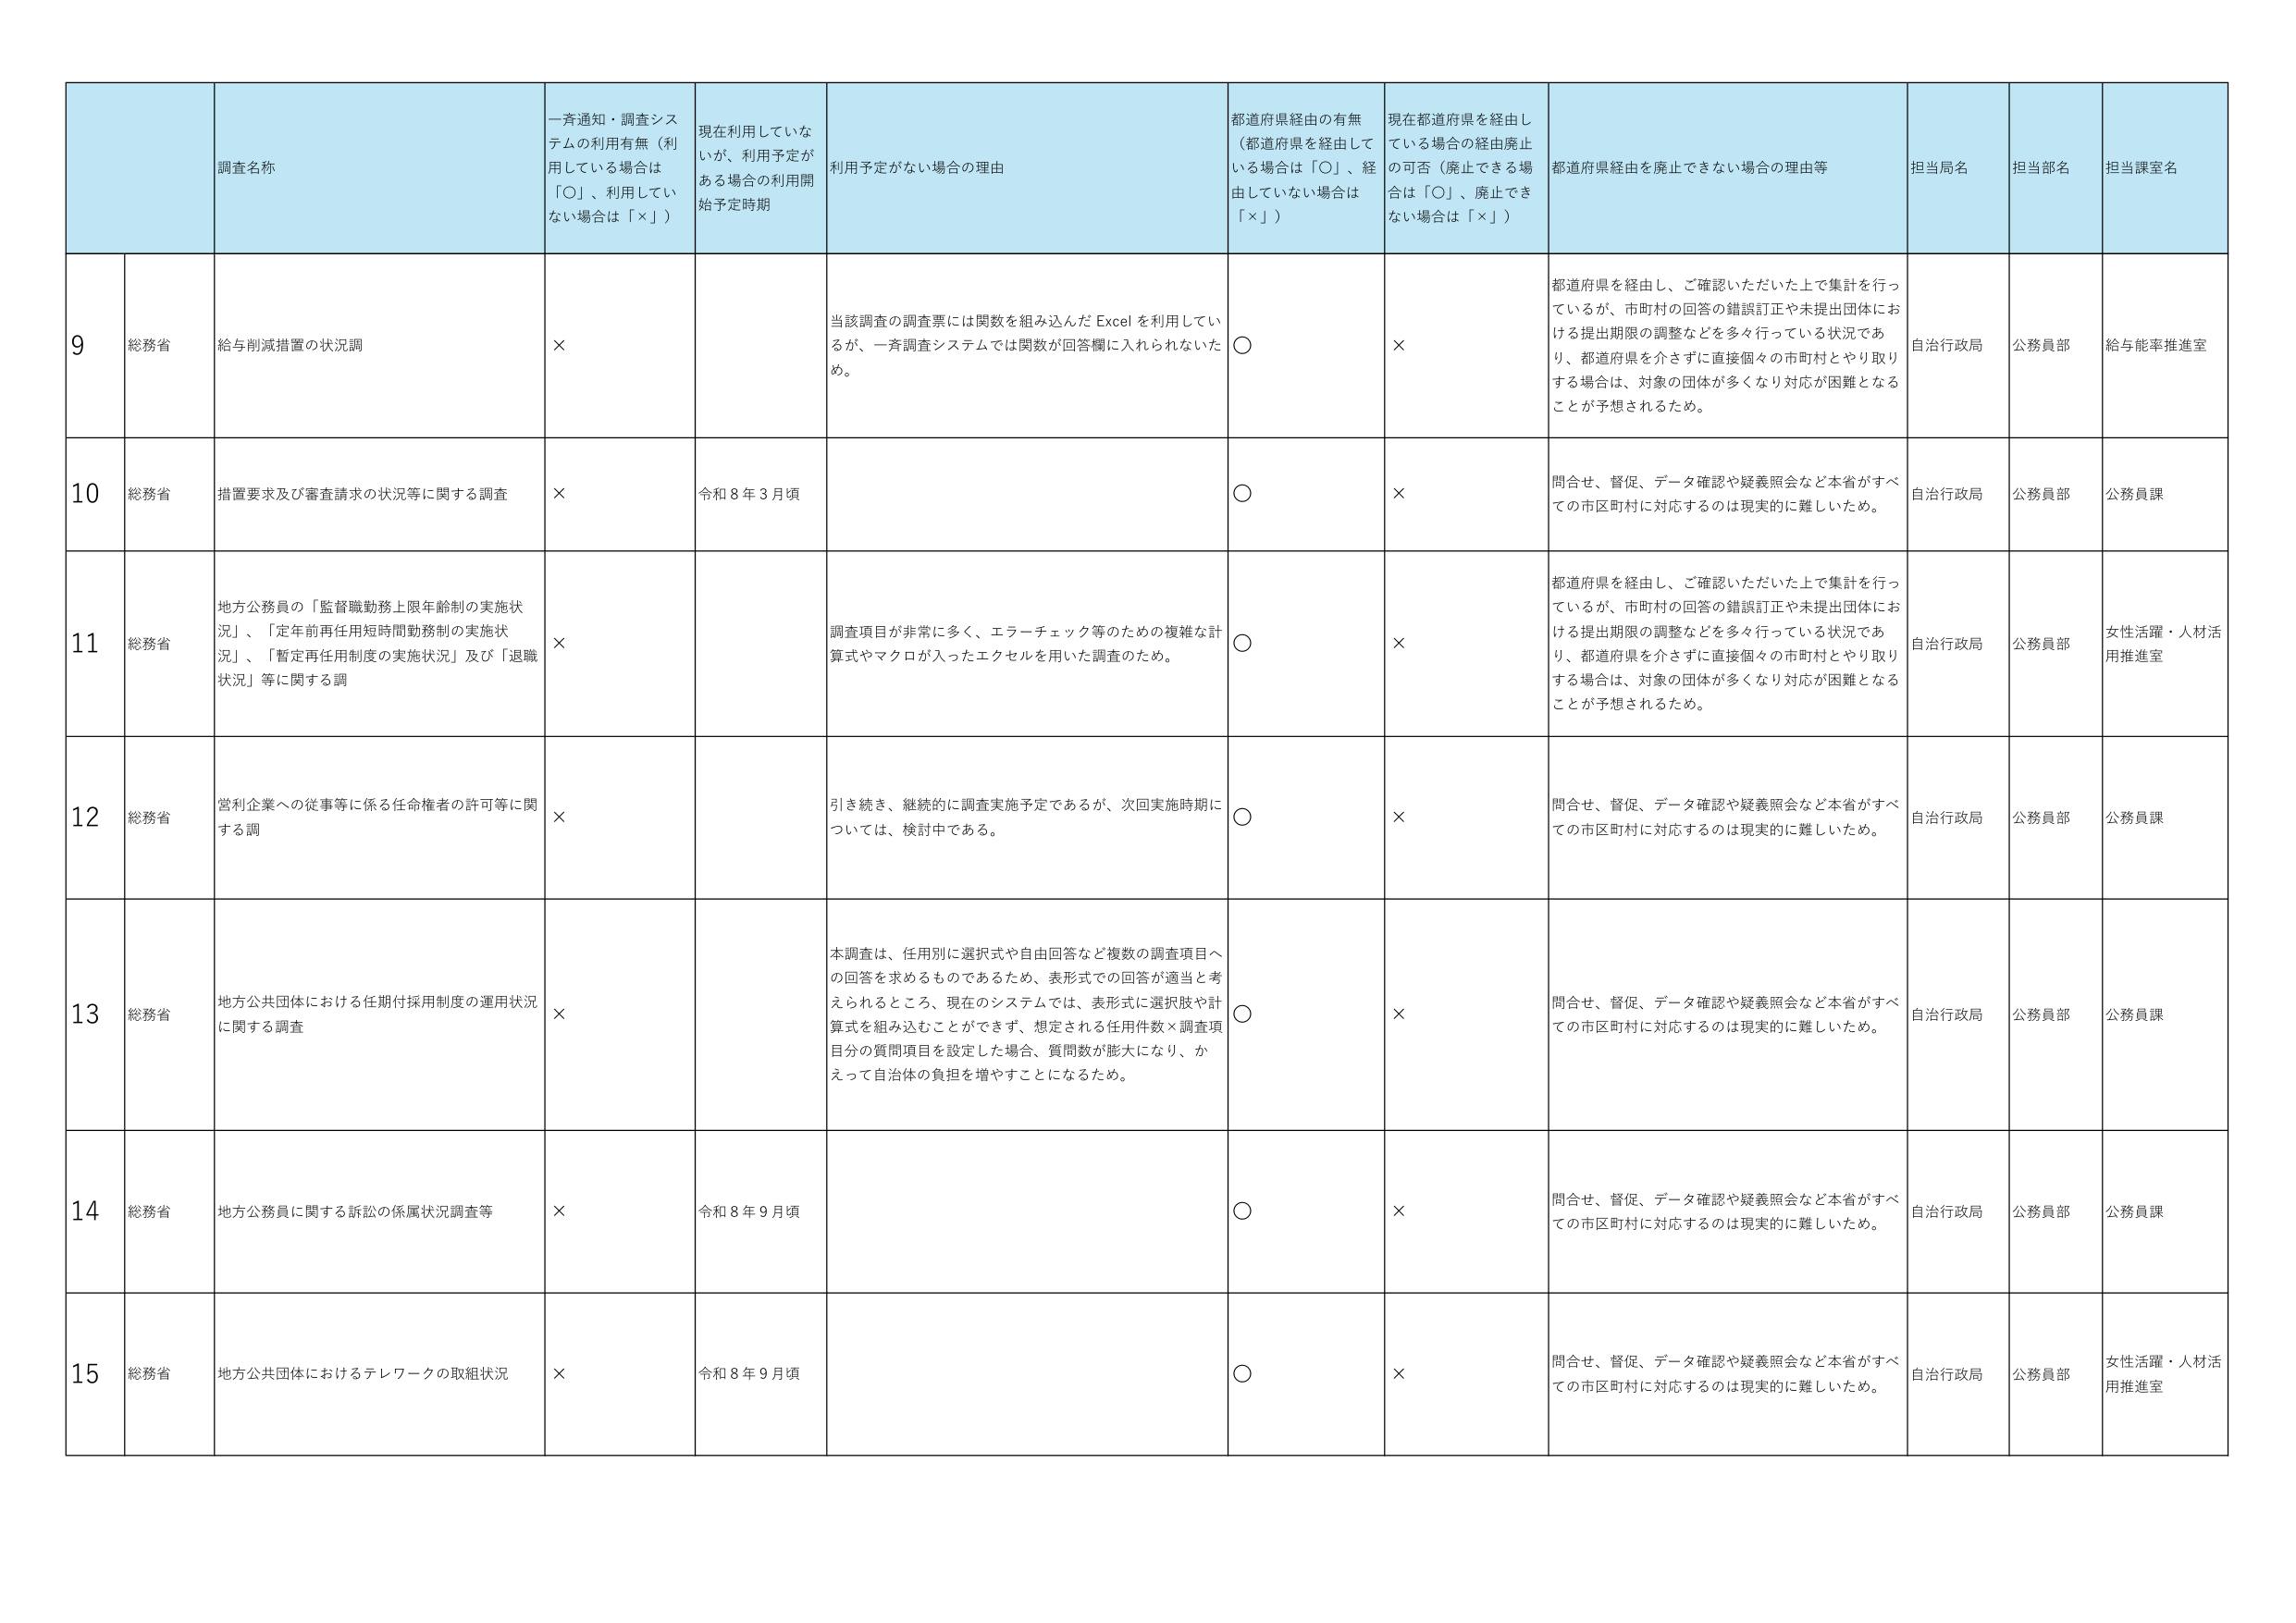
調査名称
一斉通知・調査システムの利用有無（利用している場合は「○」、利用していない場合は「×」）
現在利用していないが、利用予定がある場合の利用開始予定時期
利用予定がない場合の理由
都道府県経由の有無（都道府県を経由している場合は「○」、経由していない場合は「×」）
現在都道府県を経由している場合の経由廃止の可否（廃止できる場合は「○」、廃止できない場合は「×」）
都道府県経由を廃止できない場合の理由等
担当局名
担当部名
担当課室名

9
総務省
給与削減措置の状況調
×
当該調査の調査票には関数を組み込んだ Excel を利用しているが、一斉調査システムでは関数が回答欄に入れられないため。
○
×
都道府県を経由し、ご確認いただいた上で集計を行っているが、市町村の回答の錯誤訂正や未提出団体における提出期限の調整などを多く行っている状況であり、都道府県を介さずに直接個々の市町村とやり取りする場合は、対象の団体が多くなり対応が困難となることが予想されるため。
自治行政局
公務員部
給与能率推進室

10
総務省
措置要求及び審査請求の状況等に関する調査
×
令和8年3月頃
○
×
問合せ、督促、データ確認や疑義照会など本省がすべての市区町村に対応するのは現実的に難しいため。
自治行政局
公務員部
公務員課

11
総務省
地方公務員の「監督職勤務上限年齢制の実施状況」、「定年前再任用短時間勤務制の実施状況」、「暫定再任用制度の実施状況」及び「退職状況」等に関する調
×
調査項目が非常に多く、エラーチェック等のための複雑な計算式やマクロが入ったエクセルを用いた調査のため。
○
×
都道府県を経由し、ご確認いただいた上で集計を行っているが、市町村の回答の錯誤訂正や未提出団体における提出期限の調整などを多く行っている状況であり、都道府県を介さずに直接個々の市町村とやり取りする場合は、対象の団体が多くなり対応が困難となることが予想されるため。
自治行政局
公務員部
女性活躍・人材活用推進室

12
総務省
営利企業への従事等に係る任命権者の許可等に関する調
×
引き続き、継続的に調査実施予定であるが、次回実施時期については、検討中である。
○
×
問合せ、督促、データ確認や疑義照会など本省がすべての市区町村に対応するのは現実的に難しいため。
自治行政局
公務員部
公務員課

13
総務省
地方公共団体における任期付採用制度の運用状況に関する調査
×
本調査は、任期別に選択式や自由回答など複数の調査項目への回答を求めるものであるため、表形式での回答が適当と考えられるところ、現在のシステムでは、表形式に選択肢や計算式を組み込むことができず、想定される任用件数×調査項目分の質問項目を設定した場合、質問数が膨大になり、かえって自治体の負担を増やすことになるため。
○
×
問合せ、督促、データ確認や疑義照会など本省がすべての市区町村に対応するのは現実的に難しいため。
自治行政局
公務員部
公務員課

14
総務省
地方公務員に関する訴訟の係属状況調査等
×
令和8年9月頃
○
×
問合せ、督促、データ確認や疑義照会など本省がすべての市区町村に対応するのは現実的に難しいため。
自治行政局
公務員部
公務員課

15
総務省
地方公共団体におけるテレワークの取組状況
×
令和8年9月頃
○
×
問合せ、督促、データ確認や疑義照会など本省がすべての市区町村に対応するのは現実的に難しいため。
自治行政局
公務員部
女性活躍・人材活用推進室